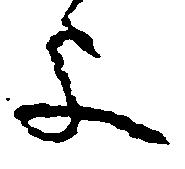
よ